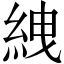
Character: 絏